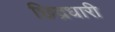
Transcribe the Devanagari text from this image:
छिद्रधारी